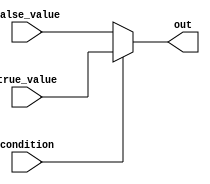
module conditional_operator (
    input wire condition,
    input wire true_value,
    input wire false_value,
    output reg out
);

always @(*) begin
    out = (condition) ? true_value : false_value;
end

endmodule